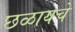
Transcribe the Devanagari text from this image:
छळायचे